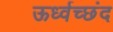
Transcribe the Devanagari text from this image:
ऊर्ध्वच्छंद